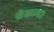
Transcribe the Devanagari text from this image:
सेसाना